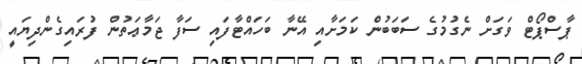
ޕާސްޕޯޓް ވަގަށް ނެގުމުގެ ސަބަބުން ކަމަށާއި އޭނާ ބަހައްޓާފައި ސަފާ ޖަމާޢަތުން ފުރައިގެންދިޔައީ